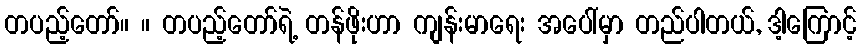
တပည့်တော်။ ။ တပည့်တော်ရဲ့ တန်ဖိုးဟာ ကျန်းမာရေး အပေါ်မှာ တည်ပါတယ်, ဒါ့ကြောင့်